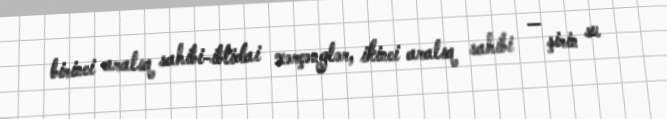
birinci aralıq sahibi-ibtidai xərçənglər, ikinci aralıq sahibi — şirin su